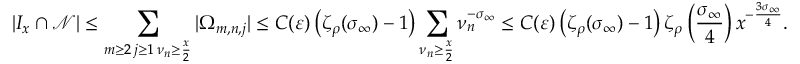
\left| I _ { x } \cap \mathcal { N } \right| \leq \sum _ { \substack { m \geq 2 \, j \geq 1 \, \nu _ { n } \geq \frac { x } { 2 } } } | \Omega _ { m , n , j } | \leq C ( \varepsilon ) \left( \zeta _ { \rho } ( \sigma _ { \infty } ) - 1 \right) \sum _ { \nu _ { n } \geq \frac { x } { 2 } } \nu _ { n } ^ { - \sigma _ { \infty } } \leq C ( \varepsilon ) \left( \zeta _ { \rho } ( \sigma _ { \infty } ) - 1 \right) \zeta _ { \rho } \left( \frac { \sigma _ { \infty } } { 4 } \right) x ^ { - \frac { 3 \sigma _ { \infty } } { 4 } } .